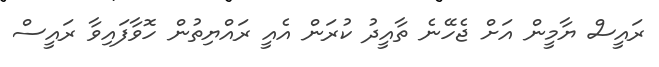
ރައީސް ޔާމީން އަށް ޖެހޭނެ ތާއީދު ކުރަން އެއީ ރައްޔިތުން ހޮވާފައިވާ ރައީސް